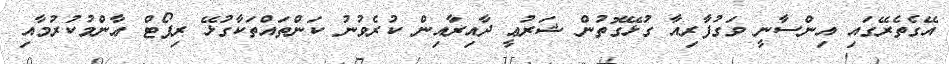
އޭގެތެރޭގައި އިންސާނީ ވަގުފާރިއާ ގުޅޭގޮތުން ޝަރުޢީ ދާއިރާއިން ކުރެވުނު ކަންތައްތަކާގުޅޭ ރިޕޯޓް ޢާންމުކުރުމާއި